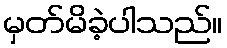
မှတ်မိခဲ့ပါသည်။